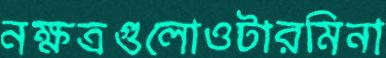
নক্ষত্রগুলোওটারমিনা